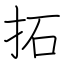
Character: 拓